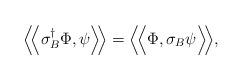
LaTeX: \begin{align*} \Big\langle \!\Big\langle\sigma_{B}^\dag\Phi, \psi\Big\rangle \! \Big\rangle= \Big\langle \! \Big\langle\Phi,\sigma_{B} \psi\Big\rangle \! \Big\rangle,\end{align*}